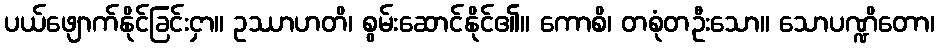
ပယ်ဖျောက်နိုင်ခြင်းငှာ။ ဥဿာဟတိ၊ စွမ်းဆောင်နိုင်၏။ ကောစိ၊ တစုံတဦးသော။ သောပဏ္ဍိတော၊